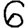
Digit: 6